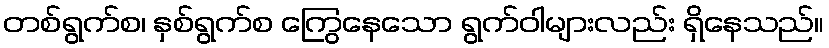
တစ်ရွက်စ၊ နှစ်ရွက်စ ကြွေနေသော ရွက်ဝါများလည်း ရှိနေသည်။